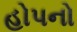
હોપનો